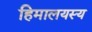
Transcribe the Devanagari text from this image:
हिमालयस्य